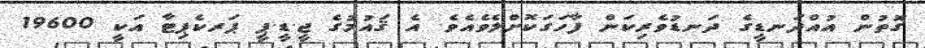
ގޮތުން އުއްދަނޑީގެ ދަނޑުވެރިކަން ފާހަގަކޮށްލެވެއެވެ. އެ ޤައުމުގެ ޖީ.ޑީ.ޕީ ޕަރކެޕިޓާ އަކީ 19600